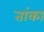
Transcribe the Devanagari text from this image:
तांका